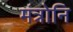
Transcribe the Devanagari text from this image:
मंत्रोनि